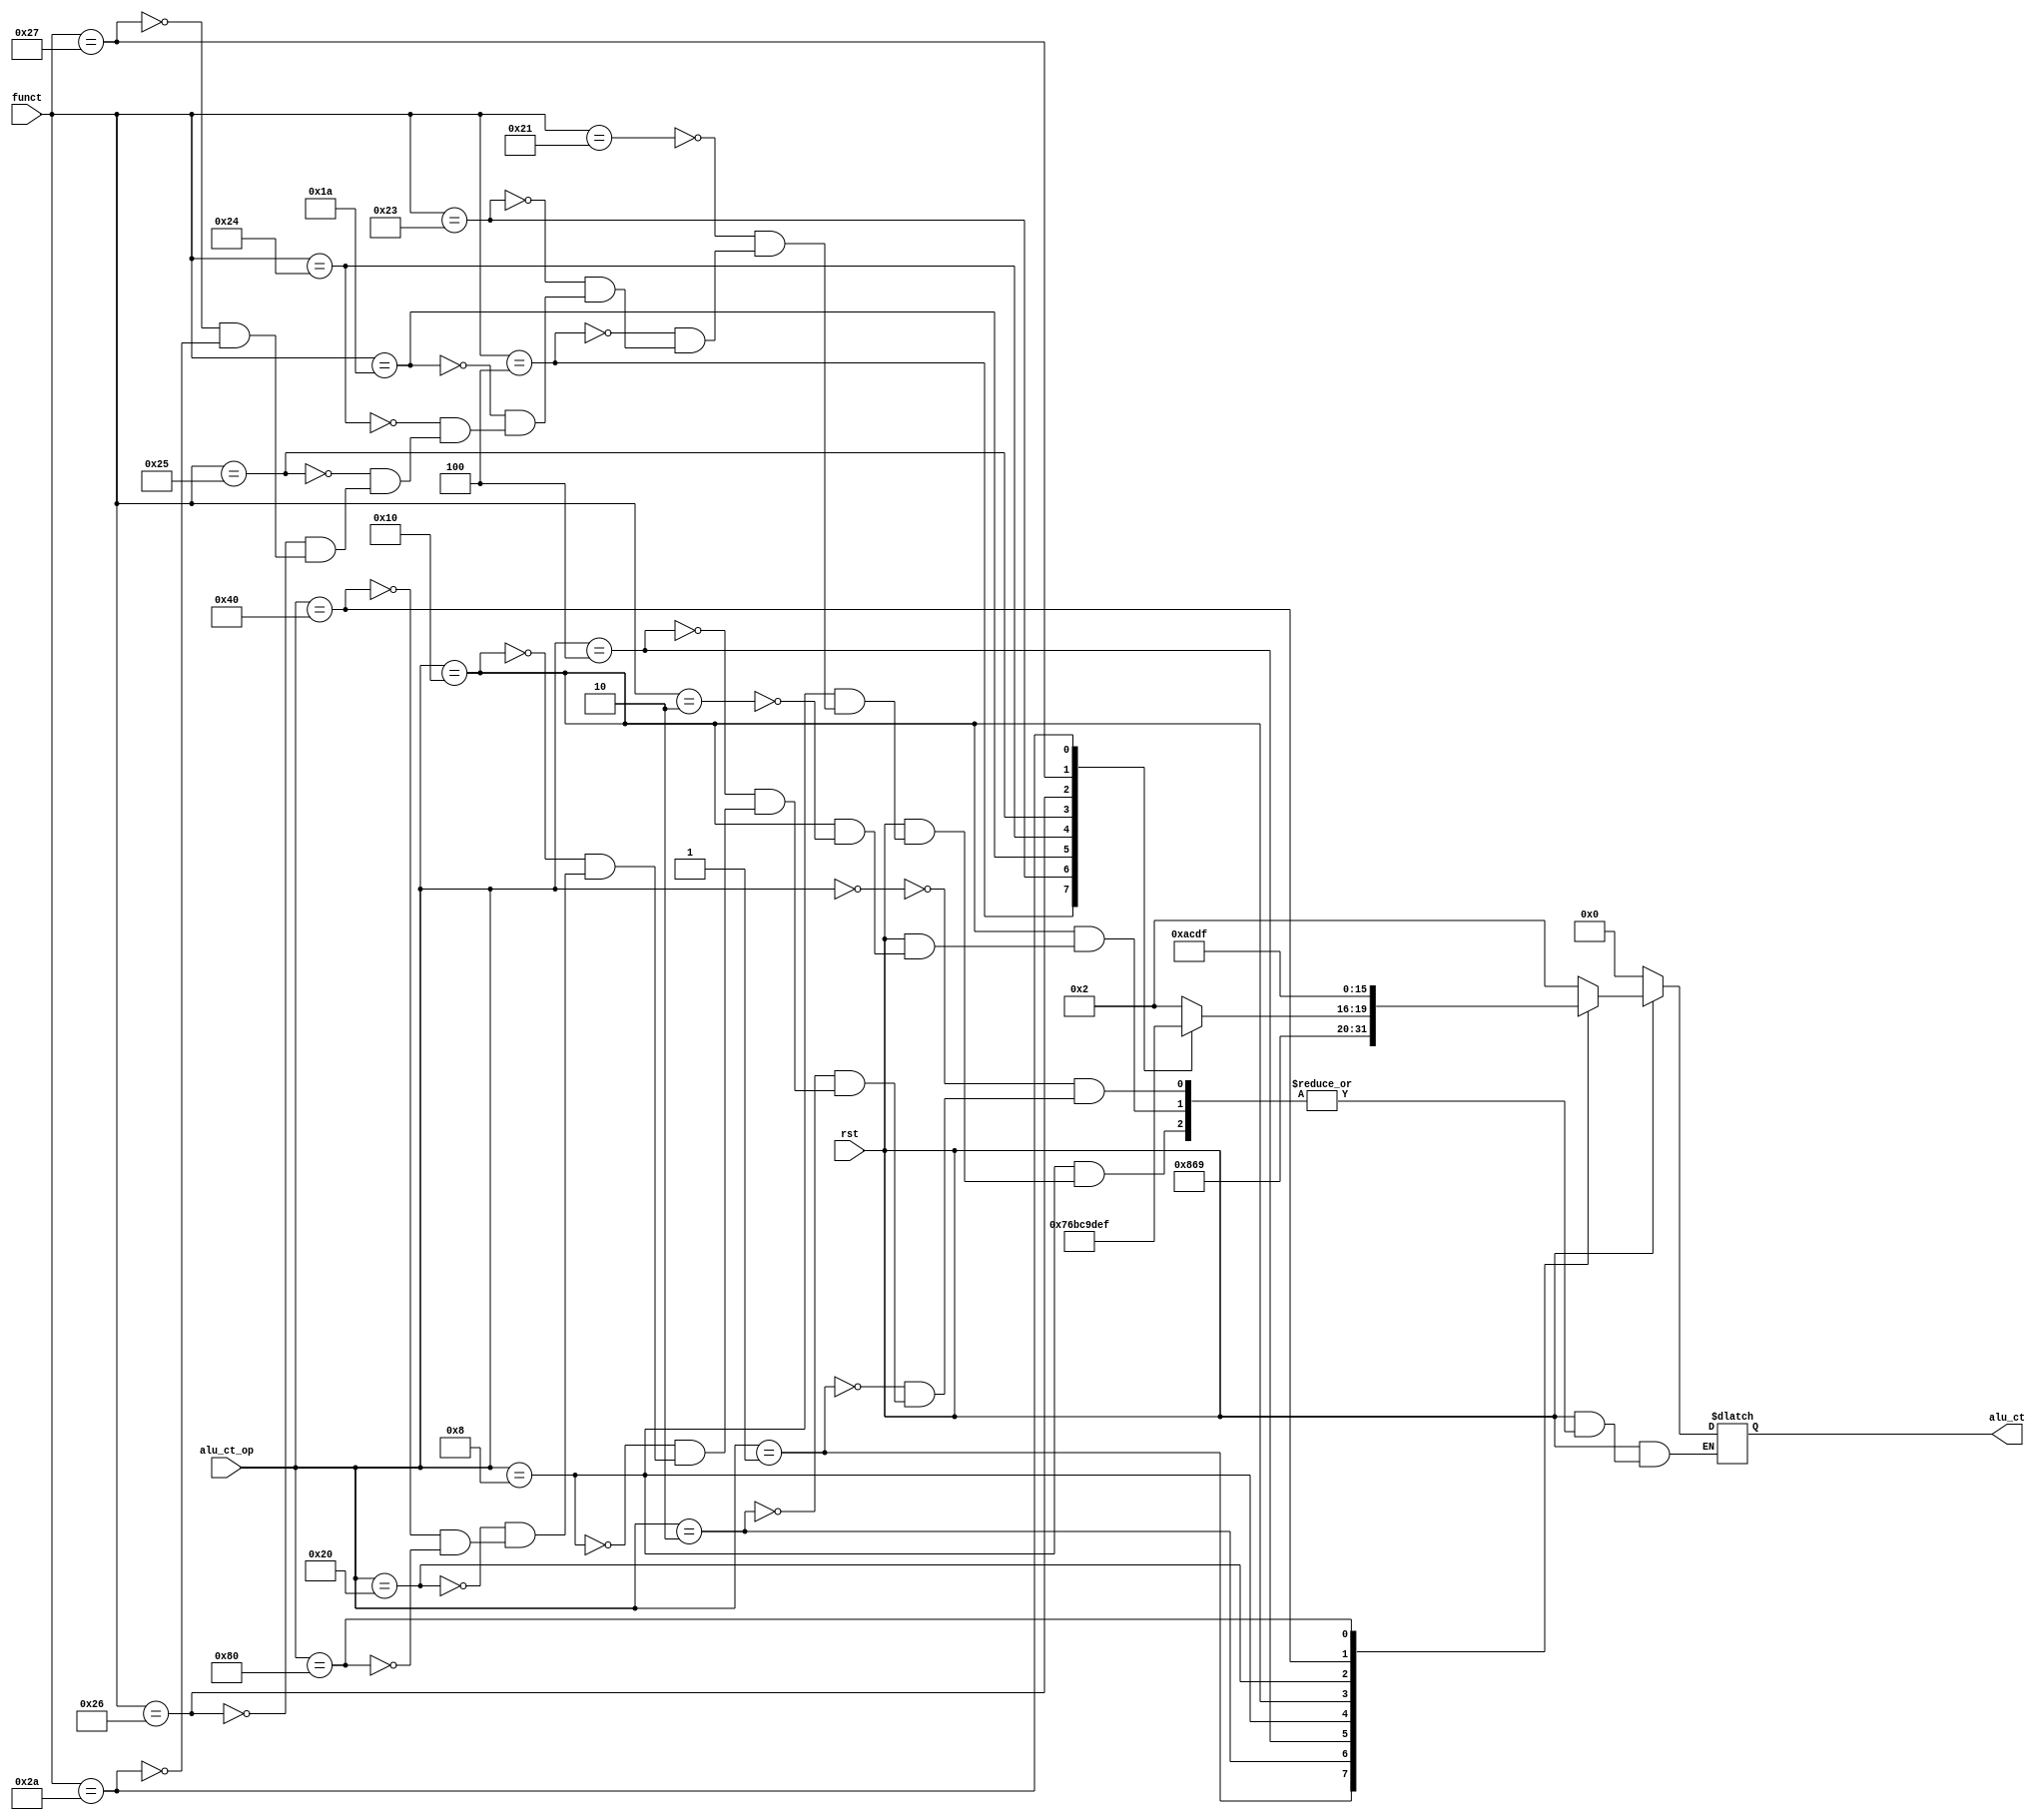
`timescale 1ns / 1ps
//////////////////////////////////////////////////////////////////////////////////
// Company: 
// Engineer: 
// 
// Design Name: 
// Module Name: ALUct
// Project Name: 
// Target Devices: 
// Tool Versions: 
// Description: 
// 
// Dependencies: 
// 
// Revision:
// Revision 0.01 - File Created
// Additional Comments:
// 
//////////////////////////////////////////////////////////////////////////////////


module ALUct(
    input rst,
    input[5:0] funct,
    input[7:0] alu_ct_op,
    output reg[3:0] alu_ct
    );
    always@(*)
        if(!rst)
            alu_ct <= 0;
        else begin
            case(alu_ct_op)
                8'b00000000: alu_ct = 4'b0010;//
                8'b00000001: alu_ct = 4'b1000;//lui
                8'b00000010: alu_ct = 4'b0110;//beq
                8'b00000100: alu_ct = 4'b1001;//ori
                8'b00001000: begin case(funct)//r
                    6'b100001: alu_ct = 4'b0010;//
                    6'b000100: alu_ct = 4'b0111;//sllv
                    6'b100011: alu_ct = 4'b0110;//
                    6'b011010: alu_ct = 4'b1011;//
                    6'b100100: alu_ct = 4'b1100;//
                    6'b100101: alu_ct = 4'b1001;//
                    6'b100110: alu_ct = 4'b1101;//
                    6'b100111: alu_ct = 4'b1110;//
                    6'b101010: alu_ct = 4'b1111;//
                    default:begin
                    end
                endcase end
                8'b00010000: begin case (funct)//r
                    6'b000010: alu_ct = 4'b1010;//
                    default: begin
                    end
                endcase end
                8'b00100000: alu_ct = 4'b1100;//andi
                8'b01000000: alu_ct = 4'b1101;//xori
                8'b10000000: alu_ct = 4'b1111;//slti
                default: begin
                end
            endcase
        end
endmodule